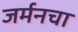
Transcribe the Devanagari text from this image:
जर्मनचा